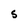
Character: S